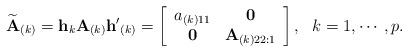
LaTeX: \begin{align*}\widetilde{\bf A}_{(k)} &= {\bf h}_{k} {\bf A}_{(k)} {\bf h'}_{(k)}= \left[\begin{array}{cc} a_{(k)11}& {\bf 0}\\{\bf 0}& {\bf A}_{(k)22:1}\end{array}\right], ~~k=1, \cdots, p.\end{align*}